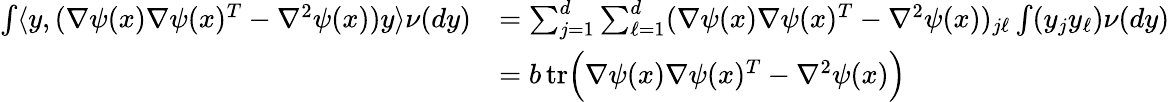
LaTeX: \begin{array}{rl}{\int\langle y,(\nabla\psi(x)\nabla\psi(x)^{T}-\nabla^{2}\psi(x))y\rangle\nu(dy)}&{=\sum_{j=1}^{d}\sum_{\ell=1}^{d}(\nabla\psi(x)\nabla\psi(x)^{T}-\nabla^{2}\psi(x))_{j\ell}\int(y_{j}y_{\ell})\nu(dy)}\\ &{=b\, \textnormal{tr}\Big(\nabla\psi(x)\nabla\psi(x)^{T}-\nabla^{2}\psi(x)\Big)}\end{array}